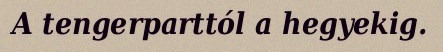
A tengerparttól a hegyekig.